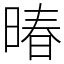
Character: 暙